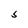
Character: S